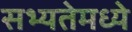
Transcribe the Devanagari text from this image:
सभ्यतेमध्ये